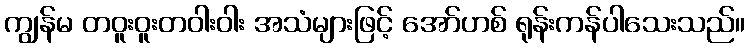
ကျွန်မ တဝူးဝူးတဝါးဝါး အသံများဖြင့် အော်ဟစ် ရုန်းကန်ပါသေးသည်။